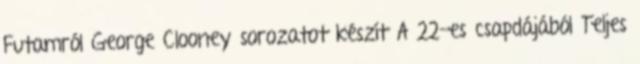
Futamról George Clooney sorozatot készít A 22-es csapdájából Teljes